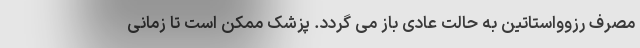
مصرف رزوواستاتین به حالت عادی باز می گردد. پزشک ممکن است تا زمانی